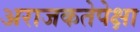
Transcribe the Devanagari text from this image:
अराजकतेपेक्षा